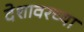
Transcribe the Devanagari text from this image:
देशावरच्या